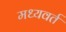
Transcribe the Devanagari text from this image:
मध्यवर्त